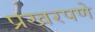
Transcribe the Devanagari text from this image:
प्रखरपणे